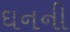
ઘનની